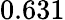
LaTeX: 0.631